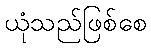
ယုံသည်ဖြစ်စေ